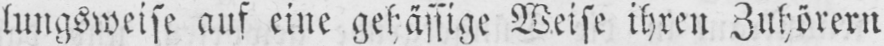
Weise ihren Zuhörern